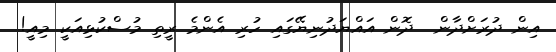
އިން ދުރަށްދާން  ދޮން އައްޔަދުނިޔޭގައި ހުރި އެންމެ ރީތި މުސްކުޅިއަކީ މިއީ!